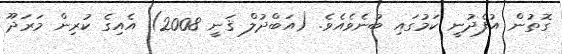
ގޮތުން އުފެދުނީ ކަމުގައި ބުނެވެއެވެ. (އަބްދުލް ޤަނީ 2008) އެއިގެ ކުރިން މަރަދޫ